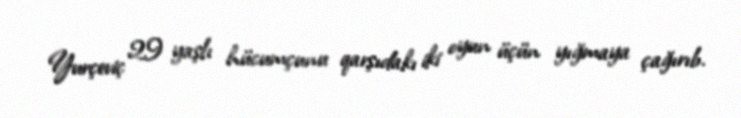
Yurçeviç 29 yaşlı hücumçunu qarşıdakı iki oyun üçün yığmaya çağırıb.